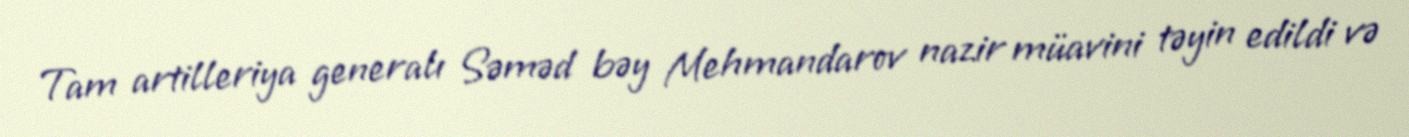
Tam artilleriya generalı Səməd bəy Mehmandarov nazir müavini təyin edildi və